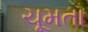
ચૂમતા